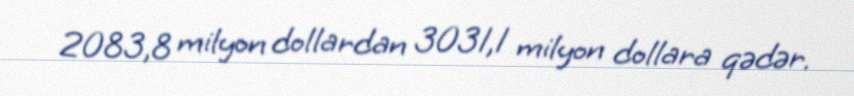
2083,8 milyon dollardan 3031,1 milyon dollara qədər.